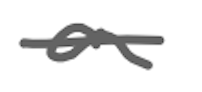
Text: a
Cross-out: single-line
Writing tool: digital_gray